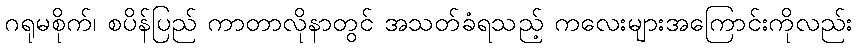
ဂရုမစိုက်၊ စပိန်ပြည် ကာတာလိုနာတွင် အသတ်ခံရသည့် ကလေးများအကြောင်းကိုလည်း